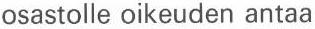
osastolle oikeuden antaa